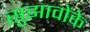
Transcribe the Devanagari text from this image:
सुझावोंके